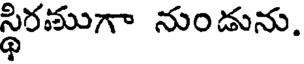
స్థిరముగా నుండును.